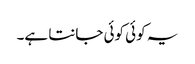
یہ کوئی کوئی جانتا ہے۔